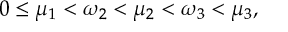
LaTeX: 0 \le \mu _ { 1 } < \omega _ { 2 } < \mu _ { 2 } < \omega _ { 3 } < \mu _ { 3 } ,